Civil Veterinary Department Bengal reports 1933-51 - 1933-1951
Year: 1933
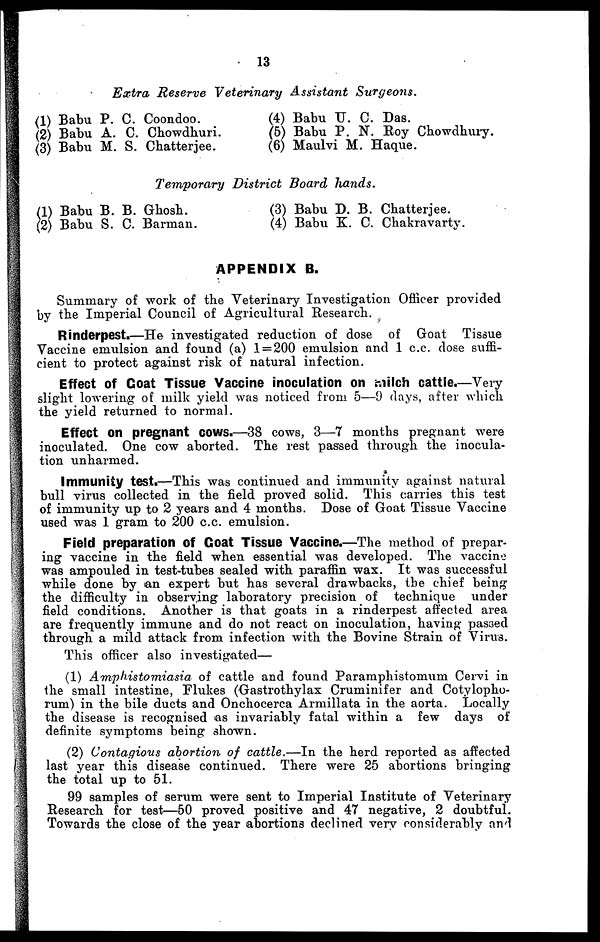
13
Extra Reserve Veterinary Assistant
Surgeons.
(1) Babu P. C. Coondoo.
(2) Babu A. C. Chowdhuri.
(3) Babu M. S. Chatterjee.
(4) Babu U. C. Das.
(5) Babu P. N. Roy Chowdhury.
(6) Maulvi M. Haque.
Temporary District Board hands.
(1) Babu B. B. Ghosh.
(2) Babu S. C. Barman.
(3) Babu D. B. Chatterjee.
(4) Babu K. C. Chakravarty.
APPENDIX B.
Summary of work of the Veterinary Investigation Officer provided
by the Imperial Council of Agricultural Research.
Rinderpest.—He investigated reduction of dose of Goat Tissue
Vaccine emulsion and found (a) 1 = 200 emulsion and 1 c.c. dose suffi-
cient to protect against risk of natural infection.
Effect of Goat Tissue Vaccine inoculation on milch cattle.—Very
slight lowering of milk yield was noticed from 5—9 clays, after which
the yield returned to normal.
Effect on pregnant cows.—38 cows, 3—7 months pregnant were
inoculated. One cow aborted. The rest passed through the inocula-
tion unharmed.
Immunity test.—This was continued and immunity against natural
bull virus collected in the field proved solid. This carries this test
of immunity up to 2 years and 4 months. Dose of Goat Tissue Vaccine
used was 1 gram to 200 c.c. emulsion.
Field preparation of Goat Tissue Vaccine.—The method of prepar-
ing vaccine in the field when essential was developed. The vaccine
was ampouled in test-tubes sealed with paraffin wax. It was successful
while done by an expert but has several drawbacks, the chief being
the difficulty in observing laboratory precision of technique under
field conditions. Another is that goats in a rinderpest affected area
are frequently immune and do not react on inoculation, having passed
through a mild attack from infection with the Bovine Strain of Virus.
This officer also investigated—
(1) Amplustomiasia
of cattle and found Paramphistomum Cervi in
the small intestine, Flukes (Gastrothylax Cruminifer and Cotylopho-
rum) in the bile ducts and Onchocerca Armillata in the aorta. Locally
the disease is recognised as invariably fatal within a few days of
definite symptoms being shown.
(2) Contagious abortion of cattle.—In the herd reported as affected
last year this disease continued. There were 25 abortions bringing
the total Up to 51.
99 samples of serum were sent to Imperial Institute of Veterinary
Research for test—50 proved positive and 47 negative, 2 doubtful.
Towards the close of the year abortions declined very considerably and